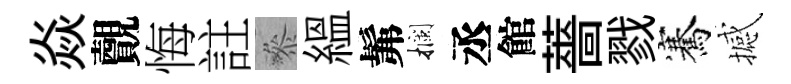
焱覿悔註叅緼髴攔丞館薔戮騫撼